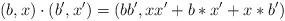
LaTeX: \begin{align*}(b,x) \cdot (b',x')=(bb',xx'+b \ast x' + x \ast b')\end{align*}